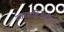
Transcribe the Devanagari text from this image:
उत्तरसंहितेतील